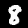
Digit: 8